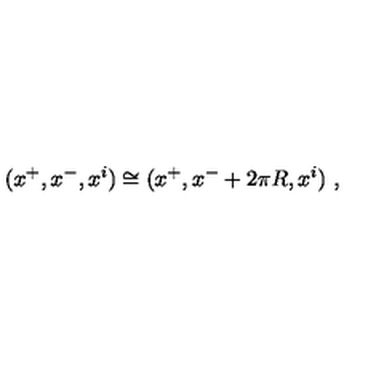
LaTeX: ( x ^ { + } , x ^ { - } , x ^ { i } ) \cong ( x ^ { + } , x ^ { - } + 2 \pi R , x ^ { i } ) \ ,